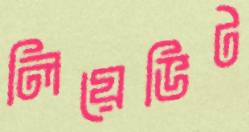
লিয়েভিট